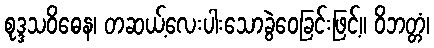
စုဒ္ဒသဝိဓေန၊ တဆယ့်လေးပါးသောခွဲဝေခြင်းဖြင့်။ ဝိဘတ္တံ၊